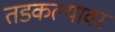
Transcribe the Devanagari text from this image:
तडकल्यावर